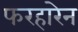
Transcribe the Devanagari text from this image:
फरहारेन